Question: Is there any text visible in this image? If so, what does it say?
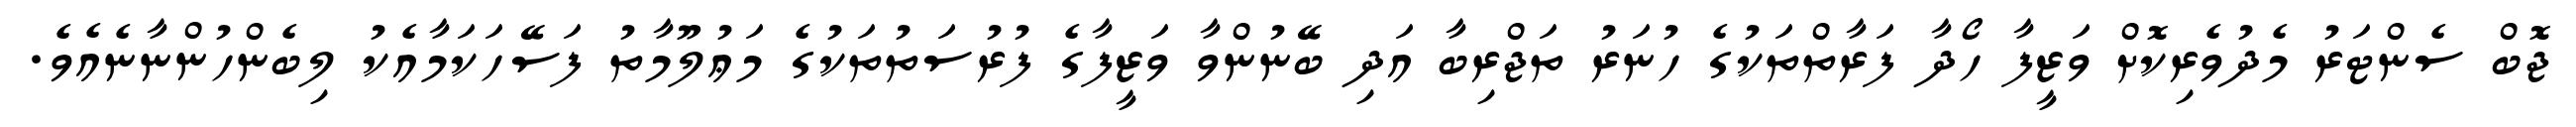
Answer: ޖޮބް ސެންޓަރު މެދުވެރިކޮށް ވަޒީފާ ހޯދާ ފަރާތްތަކުގެ ހުނަރު ތަޖްރިބާ އަދި ބޭނުންވާ ވަޒީފާގެ ފުރުސަތުތަކުގެ މަޢުލޫމާތު ފަސޭހަކަމާއެކު ލިބެންހުންނާނެއެވެ.